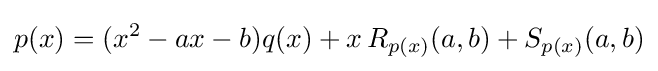
p(x)=(x^{2}-ax-b)q(x)+x\,R_{p(x)}(a,b)+S_{p(x)}(a,b)